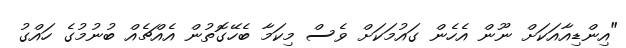
"އިންޑިއާއަކަށް ނޫން އެހެން ގައުމަކަށް ވެސް މިކަމާ ބެހޭގޮތުން އެއްޗެއް ބުނުމުގެ ހައްގު